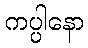
ကပ္ပါနော